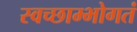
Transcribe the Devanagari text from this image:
स्वच्छाम्भोगतं